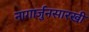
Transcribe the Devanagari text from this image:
नागार्जुनसारखी